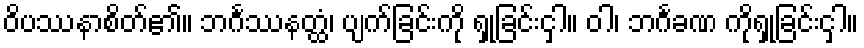
ဝိပဿနာစိတ်၏။ ဘင်္ဂဿနတ္ထံ၊ ပျက်ခြင်းကို ရှုခြင်းငှါ။ ဝါ၊ ဘင်္ဂခဏ ကိုရှုခြင်းငှါ။